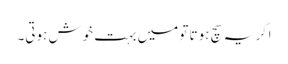
اگر یہ سچ ہوتا تو میں بہت خوش ہوتی۔